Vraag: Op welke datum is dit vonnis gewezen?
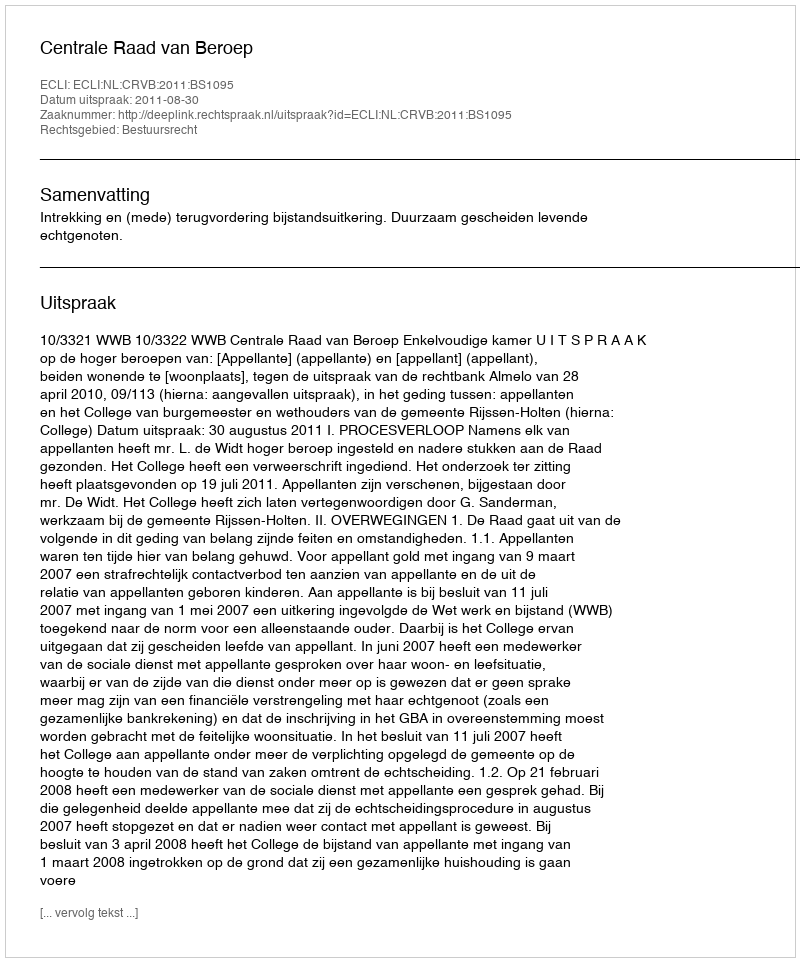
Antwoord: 2011-08-30